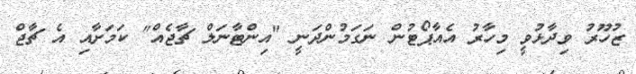
ޒުހޫރު ވިދާޅުވީ މިހާރު އެއާޕޯޓުން ނަގަމުންދަނީ "އިންޓާނަލް ޗާޖެއް" ކަމަށާއި އެ ޗާޖް